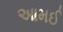
આમઈ